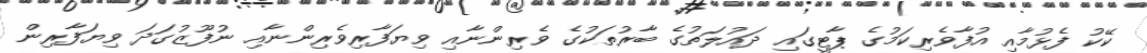
ކޭކު ފެޅުމާއި އުފާވެރިކަމުގެ ޕާޓީގައި ދައުލަތުގެ ބާރުތަކުގެ ވެރިންނާއި ވިޔަފާރިވެރިންނާއި ނުފޫޒުގަދަ ވިޔަފާރިން